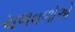
ચળવળોએ